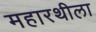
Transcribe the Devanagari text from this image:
महारथीला